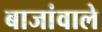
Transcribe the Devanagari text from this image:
बाजांवाले